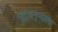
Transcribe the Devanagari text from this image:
इंद्रधनुष्याला